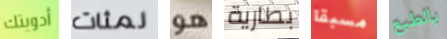
أدويتك لمئات هو بطارية مسبقا بالطبع